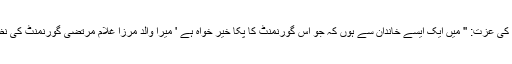
-01دربار فرنگی میں مرزا غلام مرتضیٰ کی عزت: '' میں ایک ایسے خاندان سے ہوں کہ جو اس گورنمنٹ کا پکا خیر خواہ ہے ' میرا والد مرزا غلام مرتضیٰ گورنمنٹ کی نظر میں ایک وفادار اور خیر خواہ آدمی تھا۔